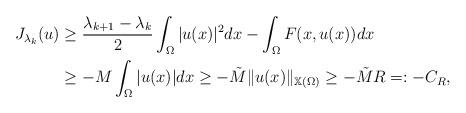
LaTeX: \begin{align*}J_{\lambda_k}(u)&\ge \dfrac{\lambda_{k+1}-\lambda_k}{2} \int_{\Omega} |u(x)|^2 dx- \int_{\Omega} F(x,u(x)) dx\\& \ge - M \int_{\Omega} |u(x)|dx \ge - \tilde{M} \|u(x)\|_{\mathbb{X}(\Omega)} \ge - \tilde{M}R=:-C_{R},\end{align*}